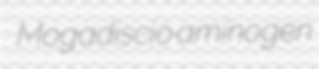
Mogadiscio aminogen